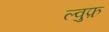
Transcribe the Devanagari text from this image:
ल्वुफ़